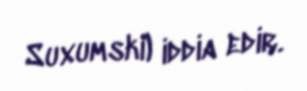
Suxumski) iddia edir.